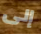
إلى